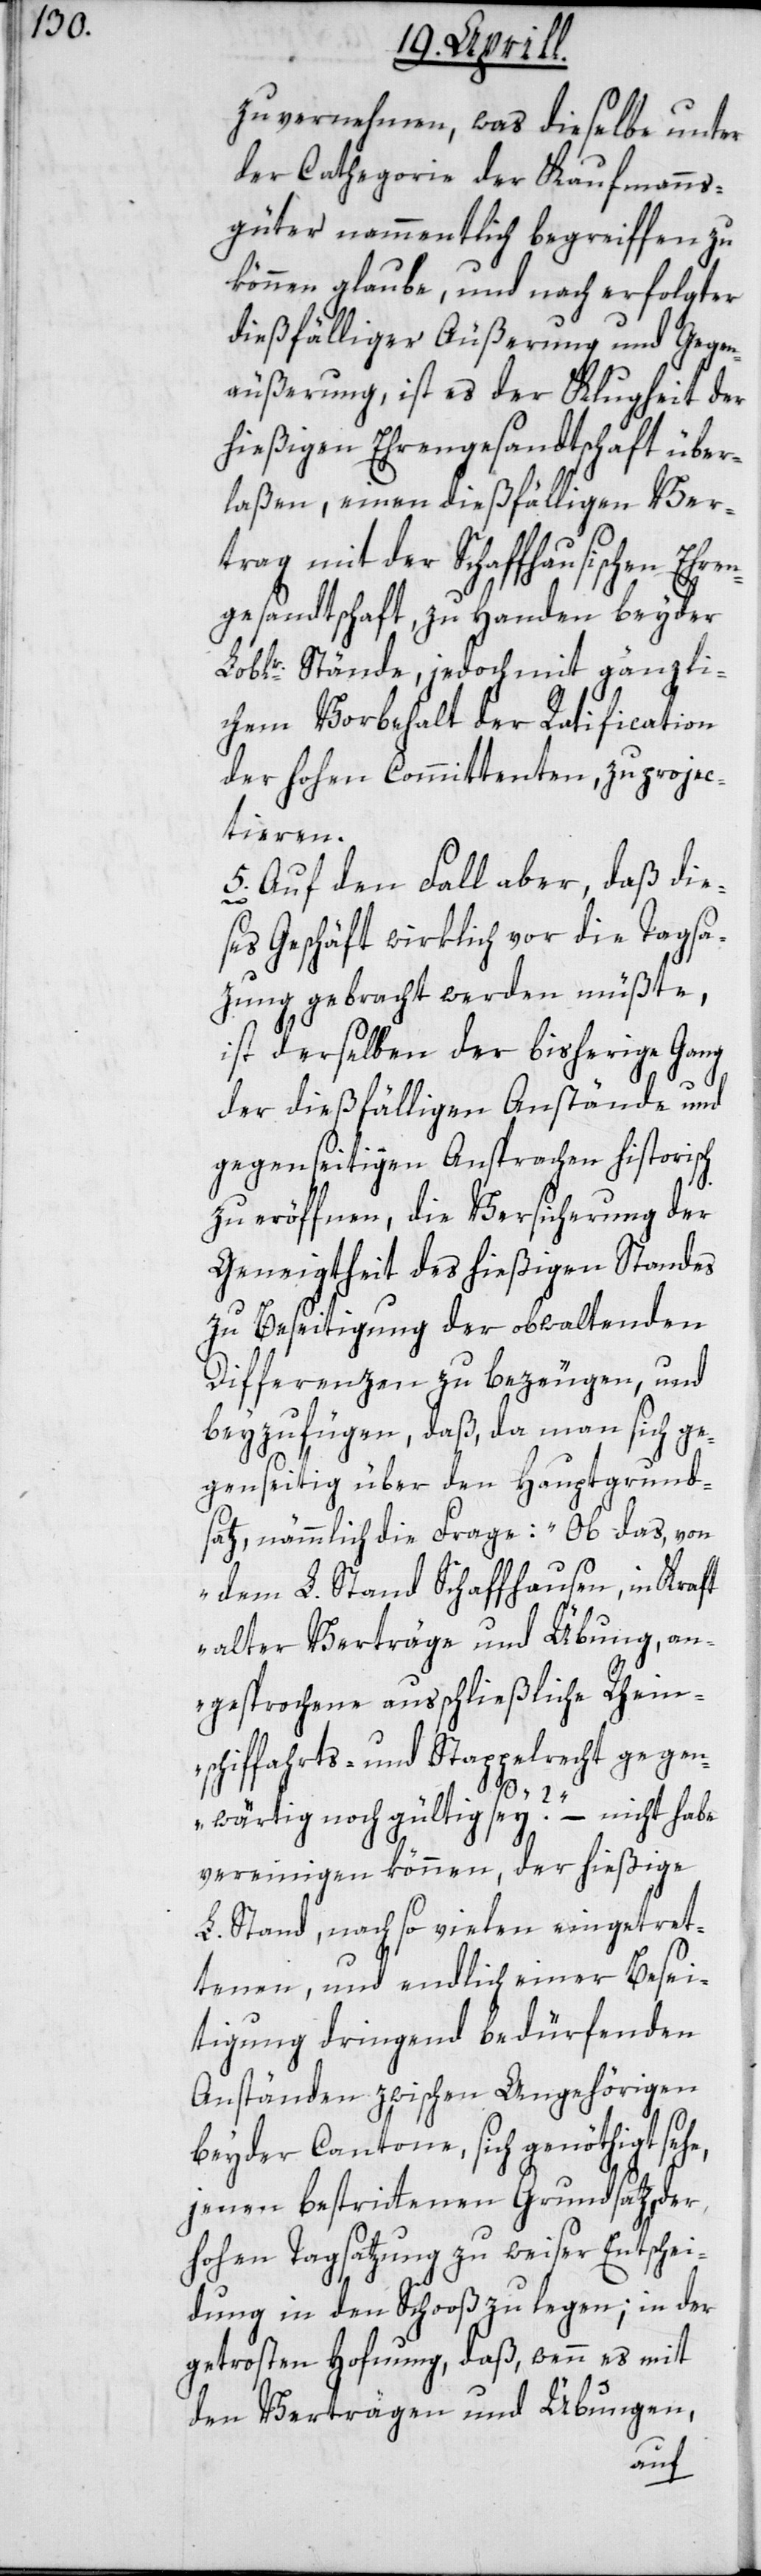
zu vernehmen, was dieselbe unter
der Cathegorie der Kaufmanns¬
güter nammentlich begreiffen zu
können glaube, und nach erfolgter
dießfälliger Äußerung und Gegen¬
äußerung, ist es der Klugheit der
hießigen Ehrengesandtschaft über¬
laßen, einen dießfälligen Ver¬
trag mit der Schaffhausischen
gesandtschaft, zu Handen beyder
Loblr. Stände, jedoch mit gänzli¬
chem Vorbehalt der Ratification
der hohen Committenten, zu projec¬
tieren.
5. Auf den Fall aber, daß die¬
ses Geschäft wirklich vor die Tagsa¬
zung gebracht werden müßte,
ist derselben der bisherige Gang
der dießfälligen Anstände und
gegenseitigen Ansprachen historisch
zu eröffnen, die Versicherung der
Geneigtheit des hießigen Standes
zu Beseitigung der obwaltenden
Differenzen zu bezeugen, und
beyzufügen, daß, da man sich ge¬
genseitig über den Hauptgrund¬
satz, nämmlich die Frage: „Ob das, von
dem L. Stand Schaffhausen, in Kraft
alter Verträge und Übung, an¬
gesprochene ausschließliche Rhein¬
schiffahrts- und Stappelrecht gegen¬
wärtig noch gültig sey?“ – nicht habe
vereinigen können, der hießige
L. Stand, nach so vielen eingetret¬
tenen, und endlich einer Besei¬
tigung dringend bedürfenden
Anständen zwischen Angehörigen
beyder Cantone, sich genöthigt sehe,
jenen bestrittenen Grundsatz, der
hohen Tagsatzung zu weiser Entschei¬
dung in den Schooß zu legen; in der
getrosten Hoffnung, daß, wenn es mit
den Verträgen und Übungen,